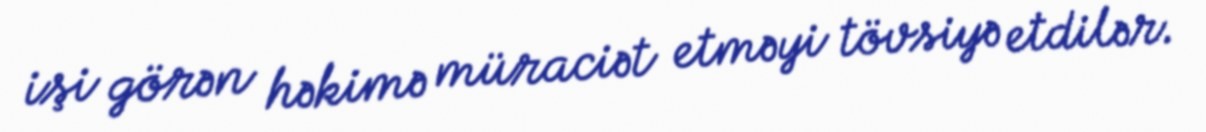
işi görən həkimə müraciət etməyi tövsiyə etdilər.